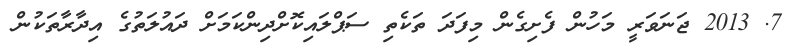
7. 2013 ޖަނަވަރީ މަހުން ފެށިގެން މިފަދަ ތަކެތި ސަޕްލައިކޮށްދިންކަމަށް ދައުލަތުގެ އިދާރާތަކުން